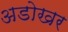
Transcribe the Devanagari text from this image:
अडोखर